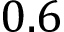
0 . 6